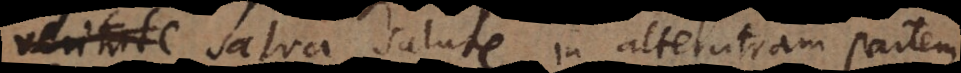
veritate salute in alterutram partem